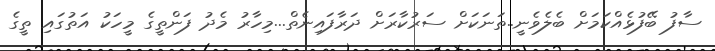
ސާފު ބޭފުޅެއްކަމަށް ބެލެވެނީ..ތަނަކަށް ސަރުކާރަށް ދަރާފައިނެތް...މިހާރު މެދު ފަންތީގެ މީހަކު އަތުގައި ތީގެ